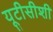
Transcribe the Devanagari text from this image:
यूटीसीशी